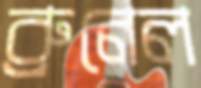
ব্রুনেল